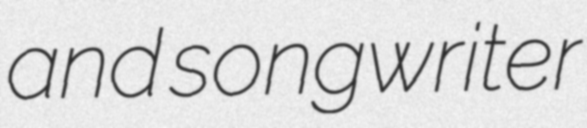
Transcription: and songwriter